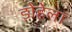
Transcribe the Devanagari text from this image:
डोहेला